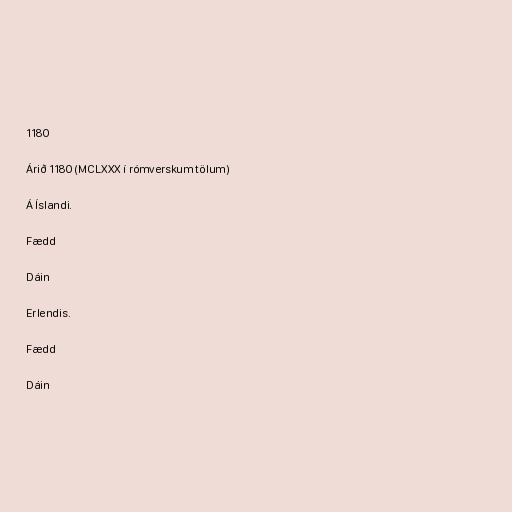
1180

Árið 1180 (MCLXXX í rómverskum tölum)

Á Íslandi.

Fædd

Dáin

Erlendis.

Fædd

Dáin